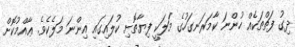
ދިގު ފަތްތަކެއް ހުންނަ ކާމަރަނގަހުގެ މަލަކީ ފިޔާތޮށި ކުލައިގައި އިންނަ މަލެެކެވެ. ޢާއްމުކޮށް